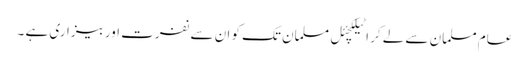
عام مسلمان سے لے کر اٹیلکچئل مسلمان تک کو ان سے نفرت اور بیزاری ہے ۔